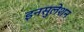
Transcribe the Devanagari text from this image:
इनसुलेशन